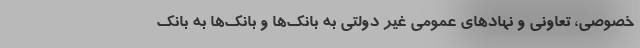
خصوصی، تعاونی و نهادهای عمومی غیر دولتی به بانک‌ها و بانک‌ها به بانک